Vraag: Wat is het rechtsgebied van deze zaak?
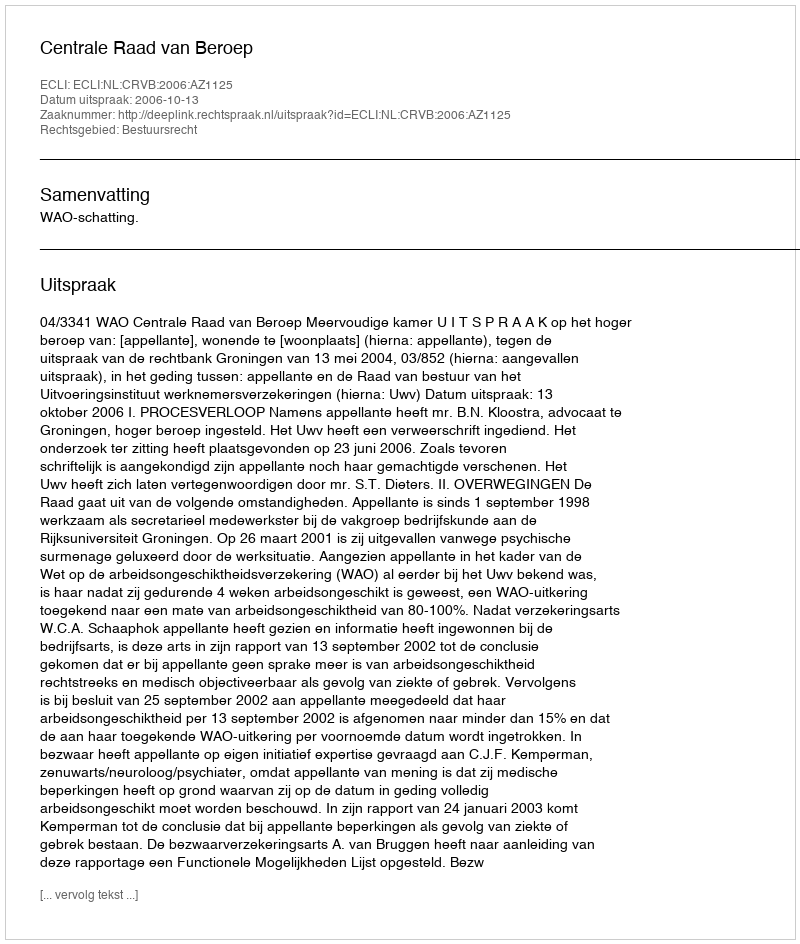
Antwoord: Bestuursrecht